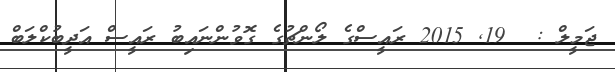
ޖަމީލް :  19